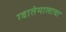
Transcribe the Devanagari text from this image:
ग्वातेमालाचा